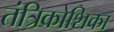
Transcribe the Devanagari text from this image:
तंत्रिकोशिका